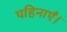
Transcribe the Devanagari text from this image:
पहिनाएँ।